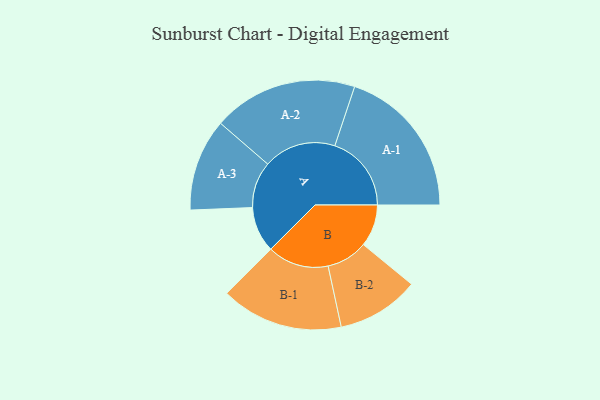
{"axis": {"x": "Segment", "y": "Value"}, "legend": ["", "A", "B"], "data": [{"x": "A", "y": 155, "type": ""}, {"x": "B", "y": 143, "type": ""}, {"x": "A-1", "y": 260, "type": "A"}, {"x": "A-2", "y": 246, "type": "A"}, {"x": "A-3", "y": 157, "type": "A"}, {"x": "B-1", "y": 208, "type": "B"}, {"x": "B-2", "y": 140, "type": "B"}]}